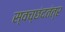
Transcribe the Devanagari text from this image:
स्वच्छंदतंत्र